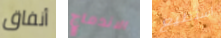
أنفاق الاندماج أستطيع